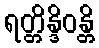
ရတ္တိန္ဒိဝန္တိ